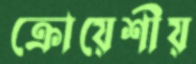
ক্রোয়েশীয়